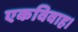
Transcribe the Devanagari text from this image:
एकविवाह।